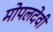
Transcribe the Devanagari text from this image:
मोपलदेवी